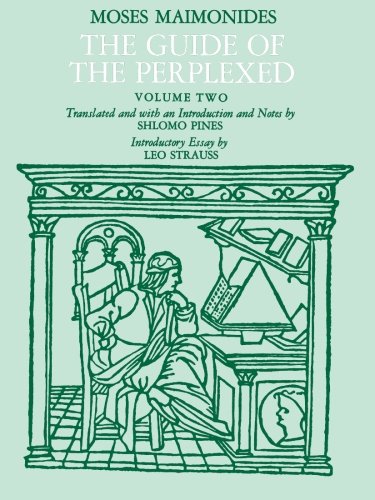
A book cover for The Guide of the Perplexed, Vol. 2; Moses Maimonides; Politics & Social Sciences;